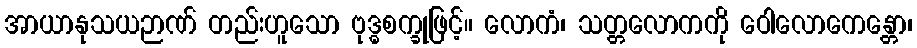
အာယာနုသယဉာဏ် တည်းဟူသော ဗုဒ္ဓစက္ခုဖြင့်။ လောကံ၊ သတ္တလောကကို ဝေါလောကေန္တော၊